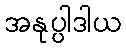
အနုပ္ပါဒါယ